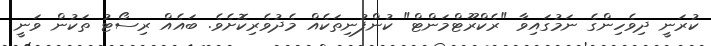
ކުރަނީ ދިވެހިންގެ ނަމުގައިވާ "ރެކްރޫޓްމަންޓް" ކުންފުނިތަކެއް މެދުވެރިކޮށެވެ. ބައެއް ރިސޯޓު ތަކުން ވަނީ